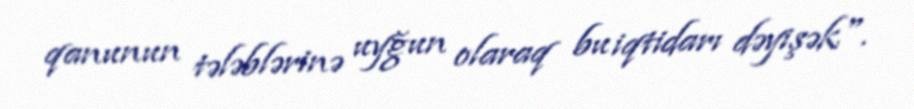
qanunun tələblərinə uyğun olaraq bu iqtidarı dəyişək".